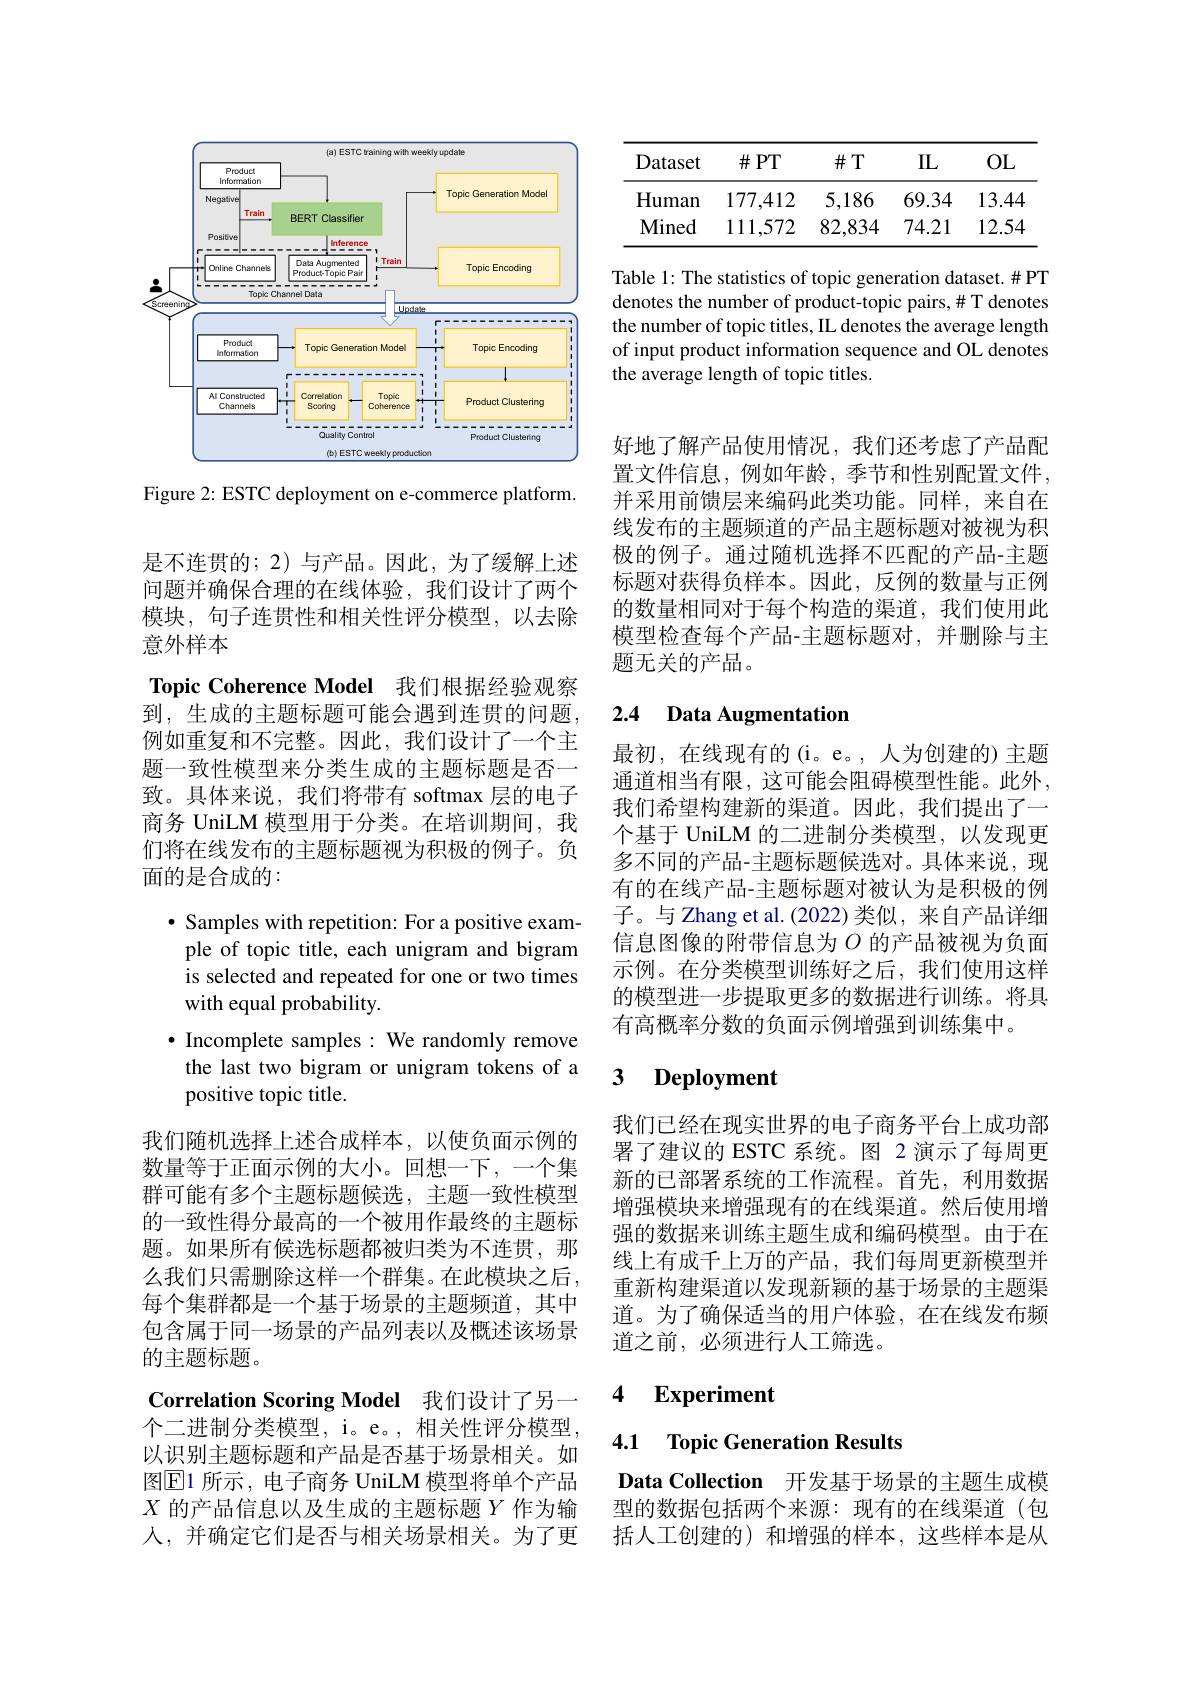
<FigureHere>

Figure 2: ESTC deployment on e-commerce platform.

是不连贯的；2)与产品。因此，为了缓解上述问题并确保合理的在线体验，我们设计了两个模块，句子连贯性和相关性评分模型，以去除意外样本
Topic Coherence Model 我们根据经验观察到，生成的主题标题可能会遇到连贯的问题， 例如重复和不完整。因此，我们设计了一个主题一致性模型来分类生成的主题标题是否一致。具体来说，我们将带有 softmax 层的电子商务 UniLM 模型用于分类。在培训期间，我们将在线发布的主题标题视为积极的例子。负面的是合成的：

$\cdot$ Samples with repetition: For a positive example of topic title, each unigram and bigram is selected and repeated for one or two times with equal probability
$\cdot$ Incomplete samples: We randomly remove the last two bigram or unigram tokens of a positive topic title.
我们随机选择上述合成样本，以使负面示例的数量等于正面示例的大小。回想一下，一个集群可能有多个主题标题候选，主题一致性模型的一致性得分最高的一个被用作最终的主题标题。如果所有候选标题都被归类为不连贯，那么我们只需删除这样一个群集。在此模块之后， 每个集群都是一个基于场景的主题频道，其中包含属于同一场景的产品列表以及概述该场景的主题标题。
Correlation Scoring Model 我们设计了另一个二进制分类模型，i。e。,相关性评分模型， 以识别主题标题和产品是否基于场景相关。如

图$\overline{\mathrm{E}}$1 所示，电子商务 UniLM 模型将单个产品$X$的产品信息以及生成的主题标题$Y$作为输人，并确定它们是否与相关场景相关。为了更

<table>
	<tbody>
		<tr>
			<th>Dataset</th>
			<th>$\#PT$</th>
			<th>$\#T$</th>
			<th>IIL</th>
			<th>OL</th>
		</tr>
		<tr>
			<td>Human</td>
			<td>177,412</td>
			<td>5,186</td>
			<td>69.34</td>
			<td>13.4</td>
		</tr>
		<tr>
			<td>Mined</td>
			<td>111,572</td>
			<td>82,834</td>
			<td>74.21</td>
			<td>12.54</td>
		</tr>
	</tbody>
</table>

Table 1: The statistics of topic generation dataset. # PT denotes the number of product-topic pairs, # T denotes the number of topic titles, IL denotes the average length of input product information sequence and OL denotes the average length of topic titles.

好地了解产品使用情况，我们还考虑了产品配置文件信息，例如年龄，季节和性别配置文件， 并采用前馈层来编码此类功能。同样，来自在线发布的主题频道的产品主题标题对被视为积极的例子。通过随机选择不匹配的产品-主题标题对获得负样本。因此，反例的数量与正例的数量相同对于每个构造的渠道，我们使用此模型检查每个产品-主题标题对，并删除与主题无关的产品。

### 2.4 Data Augmentation

最初，在线现有的(i。e。,人为创建的)主题通道相当有限，这可能会阻碍模型性能。此外， 我们希望构建新的渠道。因此，我们提出了一个基于 UniLM 的二进制分类模型，以发现更多不同的产品-主题标题候选对。具体来说，现有的在线产品-主题标题对被认为是积极的例子。与 Zhang et al.(2022)类似，来自产品详细信息图像的附带信息为$O$ 的产品被视为负面示例。在分类模型训练好之后，我们使用这样的模型进一步提取更多的数据进行训练。将具有高概率分数的负面示例增强到训练集中。

### 3 $\textbf{Deployment}$

我们已经在现实世界的电子商务平台上成功部署了建议的 ESTC 系统。图 2 演示了每周更新的已部署系统的工作流程。首先，利用数据增强模块来增强现有的在线渠道。然后使用增强的数据来训练主题生成和编码模型。由于在线上有成千上万的产品，我们每周更新模型并重新构建渠道以发现新颖的基于场景的主题渠道。为了确保适当的用户体验，在在线发布频道之前，必须进行人工筛选。

## 4 Experiment

4.1 Topic Generation Results

Data Collection 开发基于场景的主题生成模型的数据包括两个来源：现有的在线渠道(包括人工创建的)和增强的样本，这些样本是从